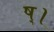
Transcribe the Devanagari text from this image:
ष्।